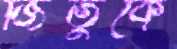
জিতুকে